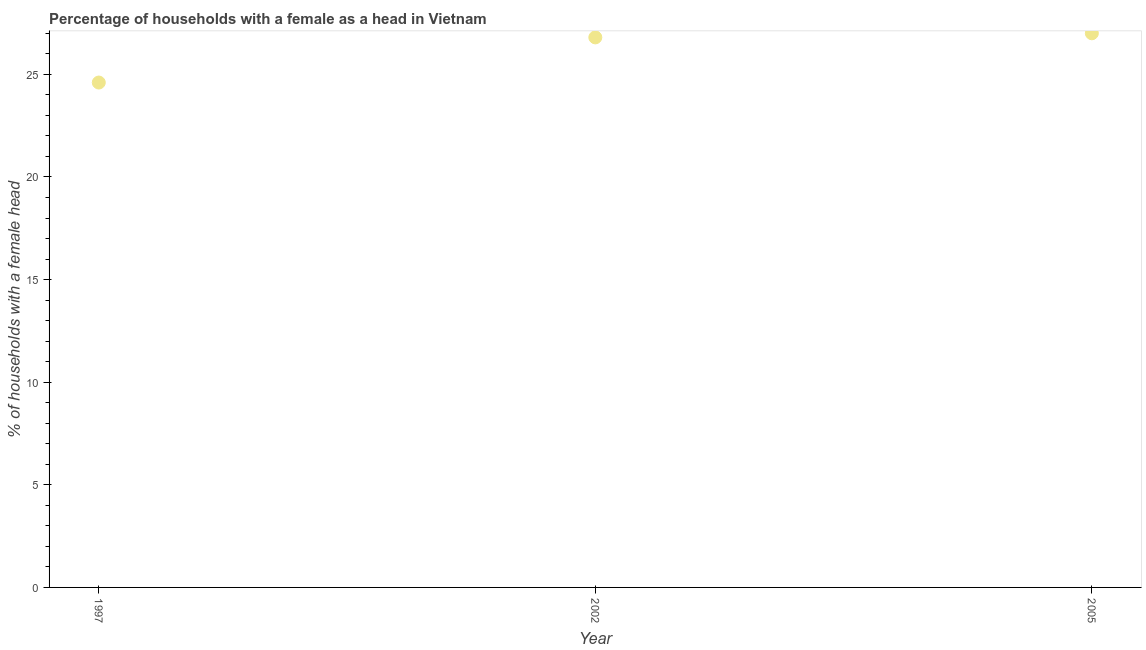
| Year | Female headed households |
 | --- | --- |
 | 1997 | 24.6 |
 | 2002 | 26.8 |
 | 2005 | 27 |